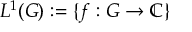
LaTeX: L ^ { 1 } ( G ) : = \{ f : G \to \mathbb { C } \}